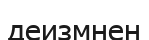
деизмнен